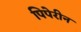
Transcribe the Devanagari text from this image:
पिपेरीन